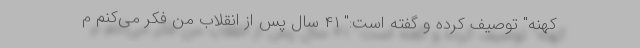
کهنه" توصیف کرده و گفته است:" ۴۱ سال پس از انقلاب من فکر می‌کنم م